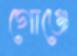
গোঞ্জে